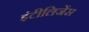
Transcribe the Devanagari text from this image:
इंटीलिजेंस